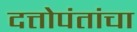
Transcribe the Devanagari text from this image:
दत्तोपंतांचा